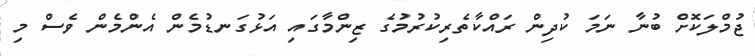
ޖުމްލަކޮށް ބުނާ ނަމަ ކުދިން ރައްކާތެރިކުރުމުގެ ޒިންމާގައި އަޅުގަނޑުމެން އެންމެން ވެސް މި